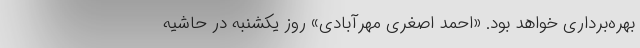
بهره‌برداری خواهد بود. «احمد اصغری مهرآبادی» روز یکشنبه در حاشیه